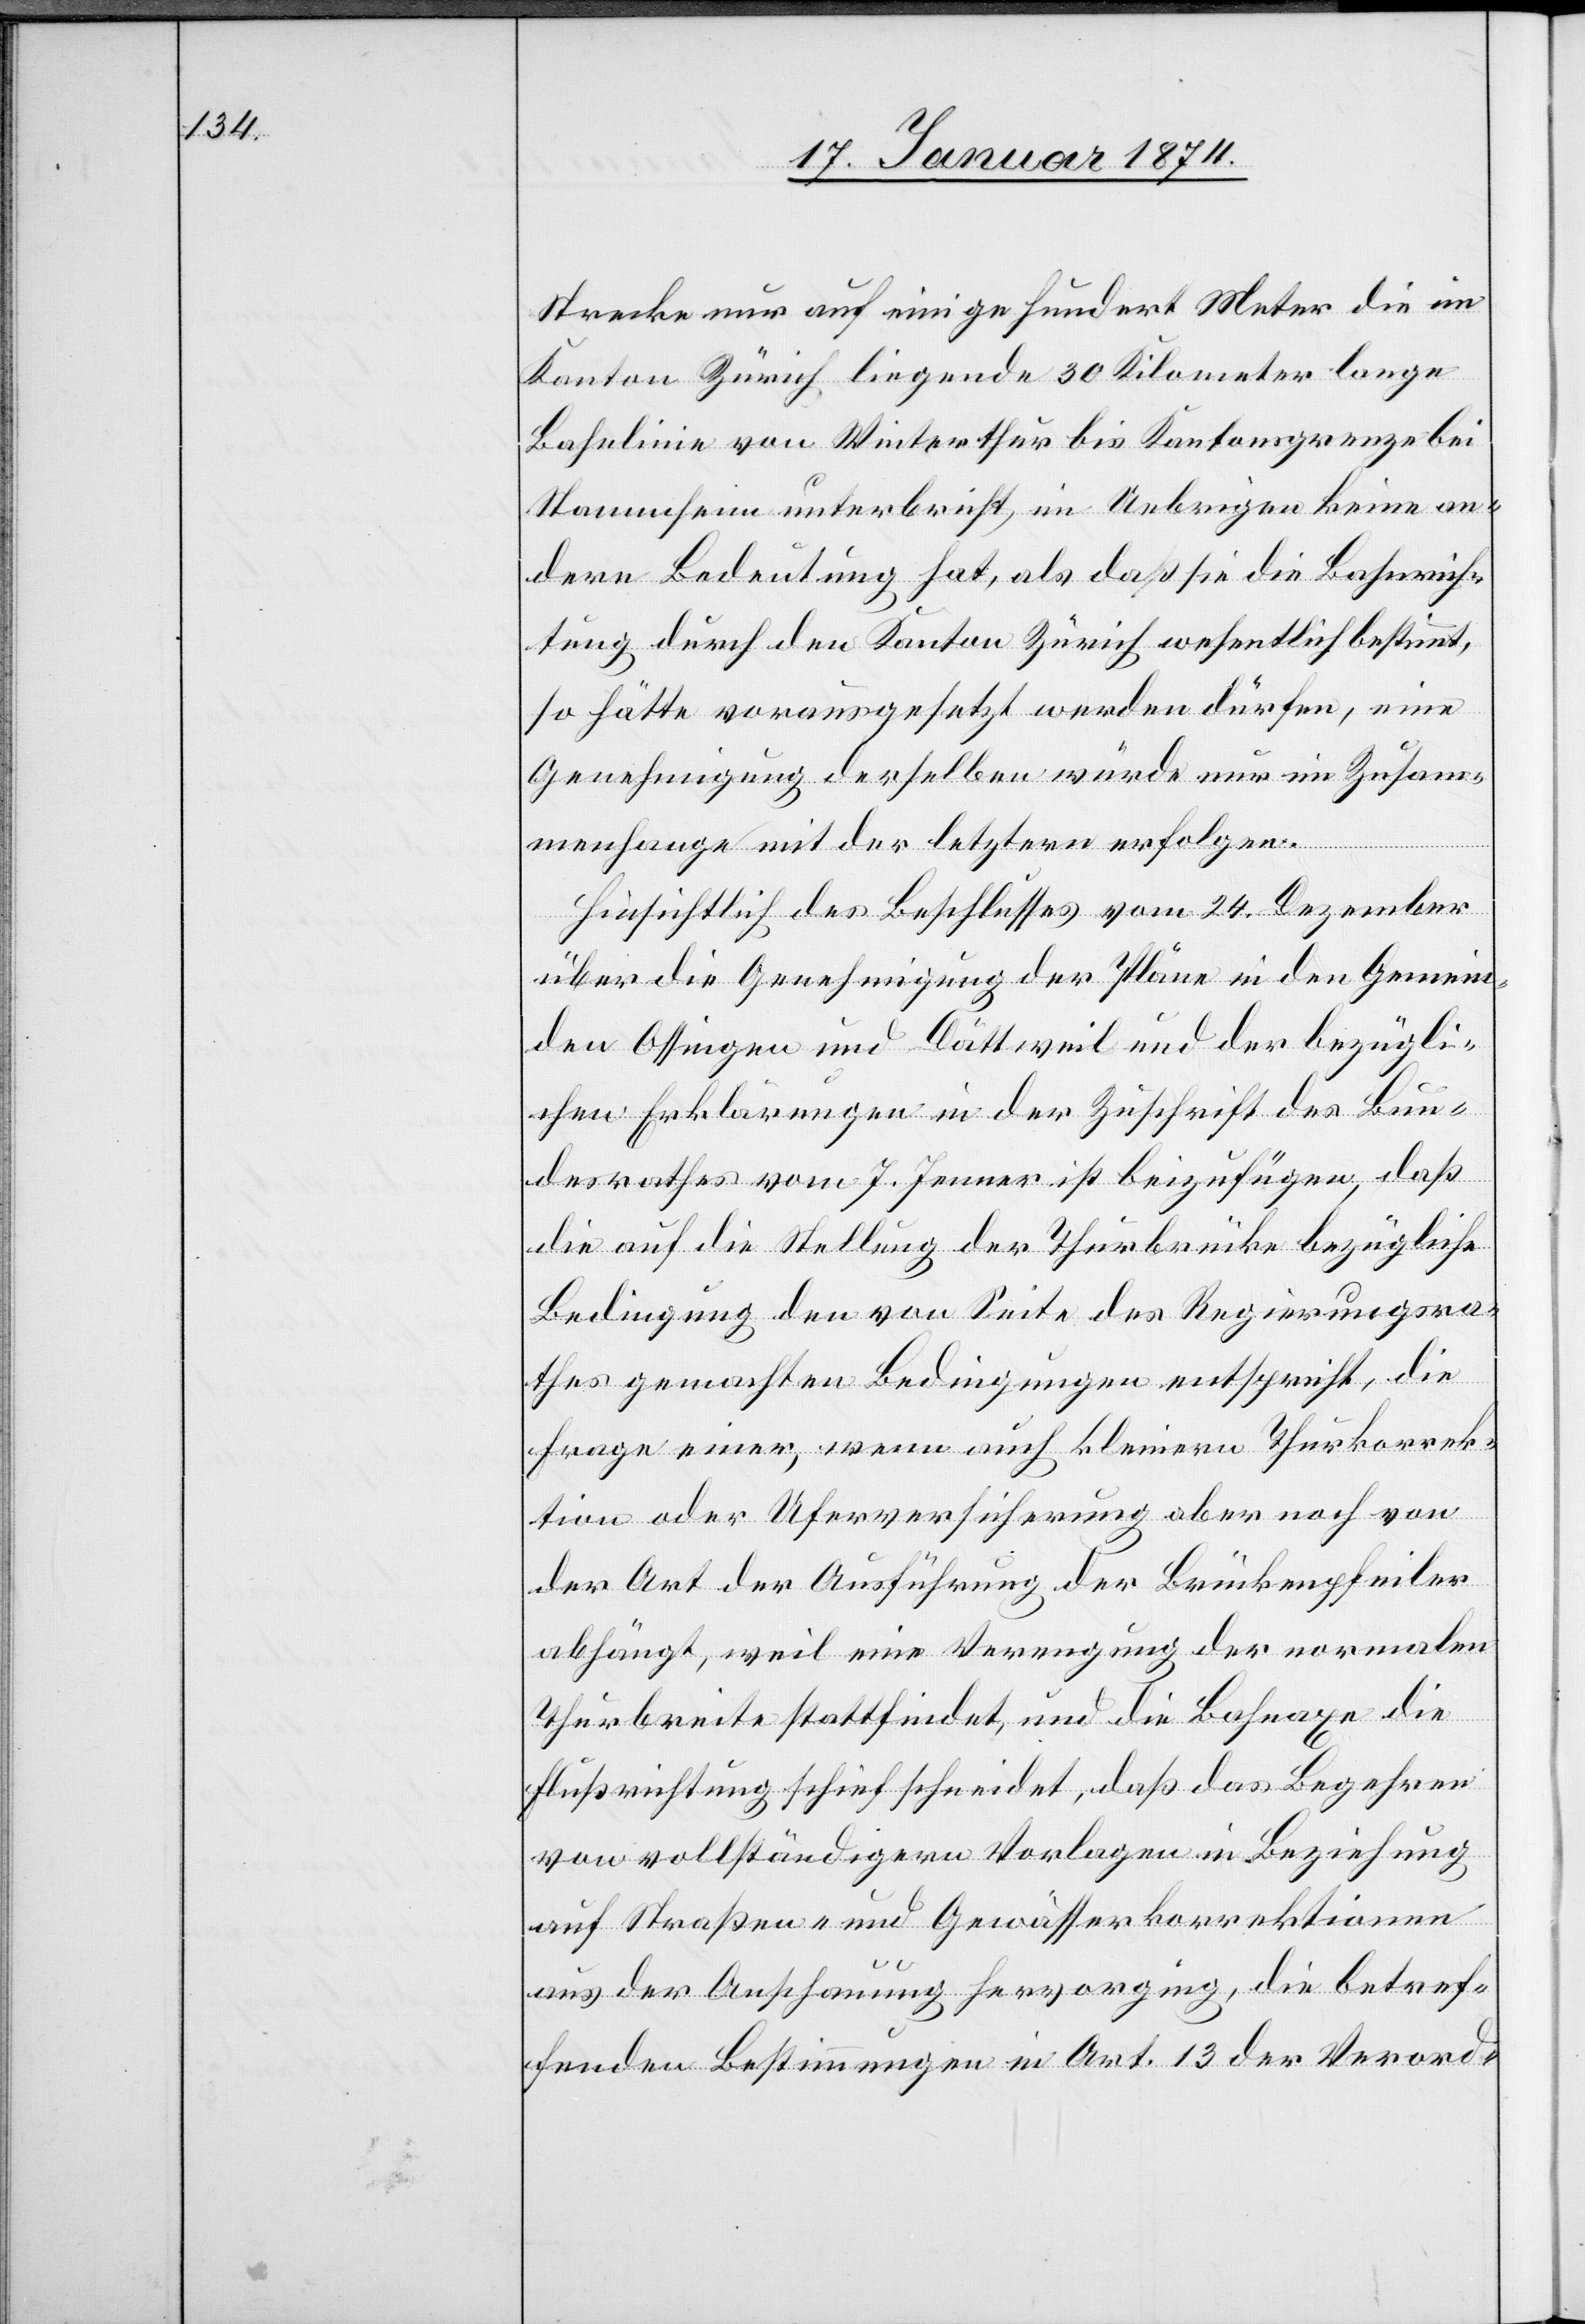
Strecke nur auf einige hundert Meter die im
Kanton Zürich liegende 30 Kilometer lange
Bahnlinie von Winterthur bis Kantonsgrenze bei
Stammheim unterbricht, im Uebrigen keine an¬
dere Bedeutung hat, als daß sie die Bahnrich¬
tung durch den Kanton Zürich wesentlich bestimmt,
so hätte vorausgesetzt werden dürfen, eine
Genehmigung derselben würde nur im Zusam¬
menhange mit der letztern erfolgen.
Hinsichtlich des Beschlusses vom 24. Dezember
über die Genehmigung der Pläne in den Gemein¬
den Ossingen und Dättweil und der bezügli¬
chen Erklärungen in der Zuschrift des Bun¬
desrathes vom 7. Jenner ist beizufügen, daß
die auf die Stellung der Thurbrücke bezügliche
Bedingung den von Seite des Regierungsra¬
thes gemachten Bedingungen entspricht, die
Frage einer, wenn auch kleinern Thurkorrek¬
tion oder Uferversicherung aber noch von
der Art der Ausführung der Brückenpfeiler
abhängt, weil eine Verengung der normalen
Uferbreite stattfindet, und die Bahnaxe die
Flußrichtung schief schneidet, daß das Begehren
von vollständigern Vorlagen in Beziehung
auf Straßen- und Gewässerkorrektionen
aus der Anschauung hervorging, die betref¬
fenden Bestimmungen in Art. 13 der Verord-